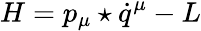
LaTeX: H=p_{\mu}\star\dot{q}^{\mu}-L